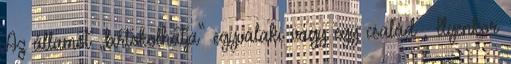
Az államot „birtokolhatja” egyvalaki vagy egy család , Ilyenkor